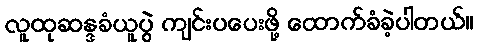
လူထုဆန္ဒခံယူပွဲ ကျင်းပပေးဖို့ ထောက်ခံခဲ့ပါတယ်။